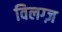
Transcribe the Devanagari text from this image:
विलग्ज़